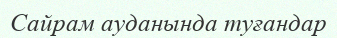
Сайрам ауданында туғандар